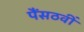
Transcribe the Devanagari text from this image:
पैंसठवीं